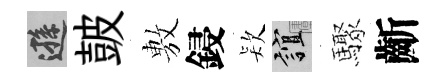
遜皷𢾾鋟𣣇誼驟齗